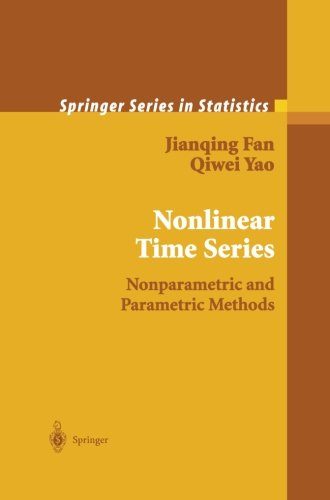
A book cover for Nonlinear Time Series: Nonparametric and Parametric Methods (Springer Series in Statistics); Jianqing Fan; Science & Math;